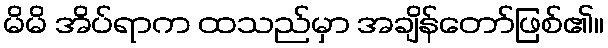
မိမိ အိပ်ရာက ထသည်မှာ အချိန်တော်ဖြစ်၏။